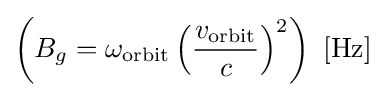
\left(B_{g}=\omega _{\text{orbit}}\left({\frac {v_{\text{orbit}}}{c}}\right)^{2}\right)\ \mathrm {[Hz]}